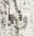
وباء